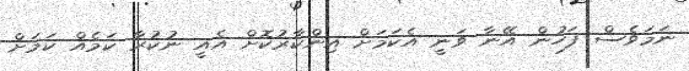
ނަމަވެސް ފަހުން އޭނާ ވަނީ އެކަމަށް އިންކާރުކޮށް އެއީ ނުކުރާ ކަމެއް ކަމަށް